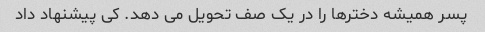
پسر همیشه دخترها را در یک صف تحویل می دهد. کی پیشنهاد داد